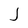
Character: J